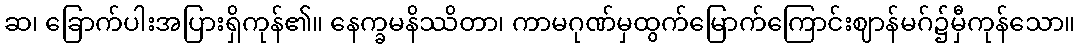
ဆ၊ ခြောက်ပါးအပြားရှိကုန်၏။ နေက္ခမနိဿိတာ၊ ကာမဂုဏ်မှထွက်မြောက်ကြောင်းဈာန်မဂ်၌မှီကုန်သော။